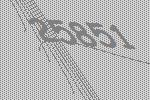
25851